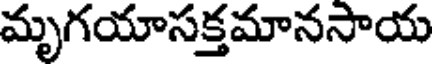
మృగయాసక్తమానసాయ